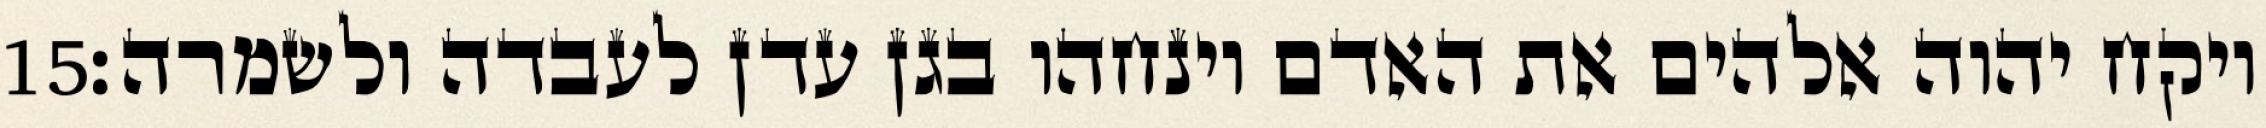
‎15‏ ויקח יהוה אלהים את האדם וינחהו בגן עדן לעבדה ולשמרה׃